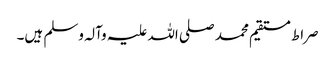
صراط مستقیم محمد صلی اللہ علیہ وآلہ وسلم ہیں۔